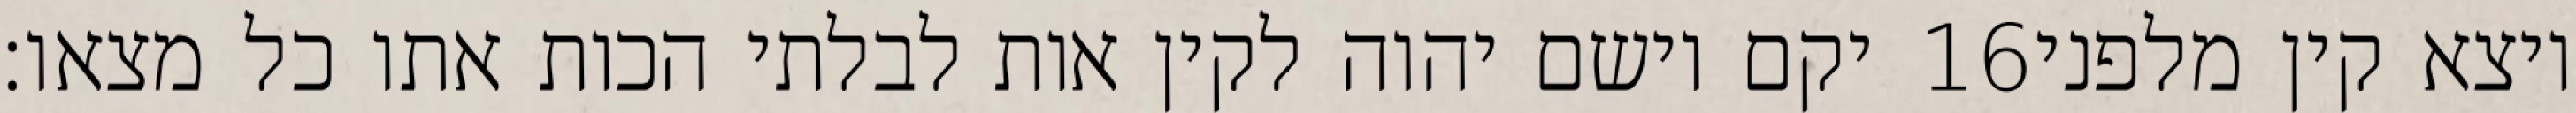
יקם וישם יהוה לקין אות לבלתי הכות אתו כל מצאו׃ ‎16‏ ויצא קין מלפני